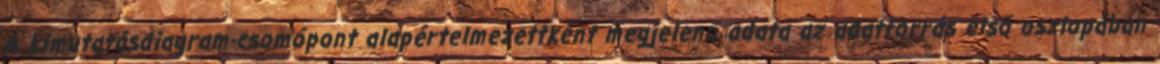
A kimutatásdiagram-csomópont alapértelmezettként megjelenő adata az adatforrás első oszlopában